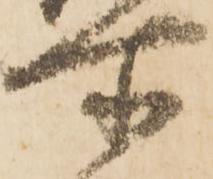
所